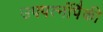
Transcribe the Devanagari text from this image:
उपपत्नींपैकी